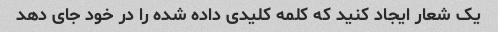
یک شعار ایجاد کنید که کلمه کلیدی داده شده را در خود جای دهد